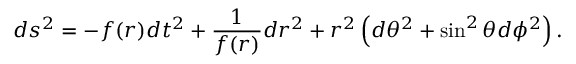
d s ^ { 2 } = - f ( r ) d t ^ { 2 } + \frac { 1 } { f ( r ) } d r ^ { 2 } + r ^ { 2 } \left( d \theta ^ { 2 } + \sin ^ { 2 } \theta d \phi ^ { 2 } \right) .